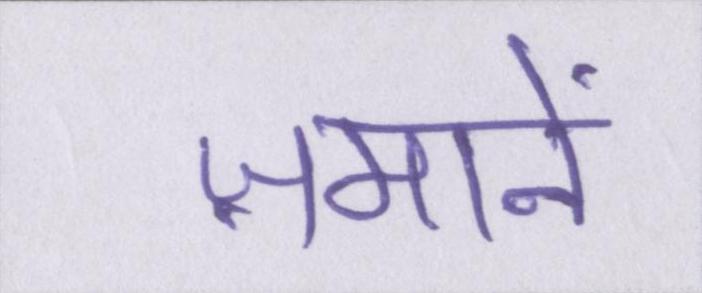
ज़मानें